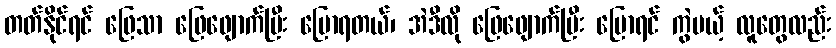
တတ်နိုင်ရင် ဖြေသာ ဖြေဖျောက်ပြီး ပြောရတယ်၊ အဲဒီလို ဖြေဖျောက်ပြီး ပြောရင် ကွဲမယ့် လူတွေလည်း